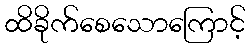
ထိခိုက်စေသောကြောင့်